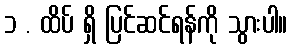
၁ . ထိပ် ရှိ ပြင်ဆင်ရန်ကို သွားပါ။